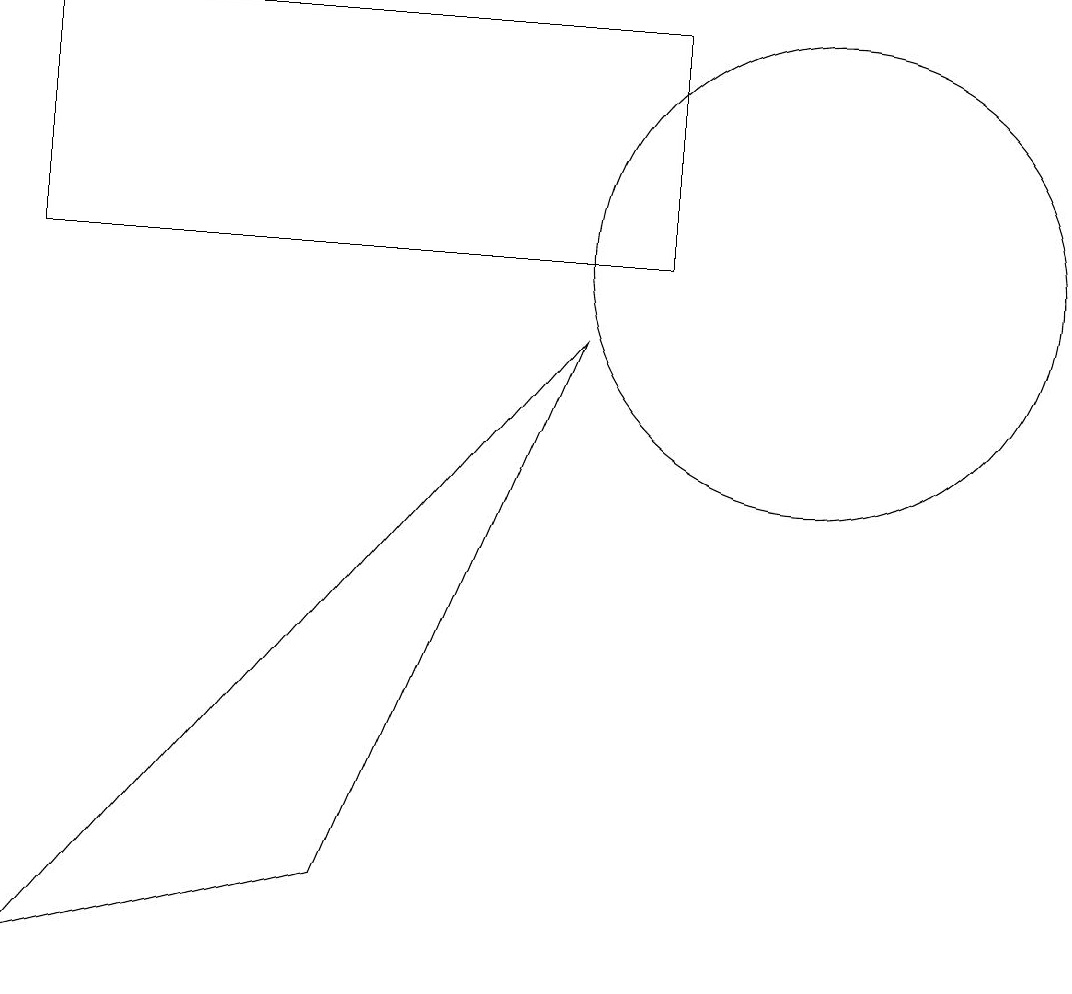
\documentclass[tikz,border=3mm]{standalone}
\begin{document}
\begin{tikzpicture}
\draw (9,13) rectangle (1,10);
\draw (11,10) circle (3);
\draw (5,2) -- (1,1) -- (8,9) -- cycle;
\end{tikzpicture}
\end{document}